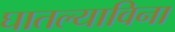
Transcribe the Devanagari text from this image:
घातल्याविना